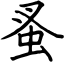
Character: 蚤